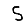
Digit: 5